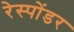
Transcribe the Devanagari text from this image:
रेस्पोंडर